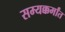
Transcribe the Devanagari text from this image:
सम्यक्कर्मांत